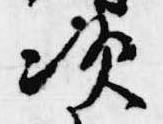
次